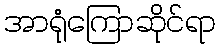
အာရုံကြောဆိုင်ရာ